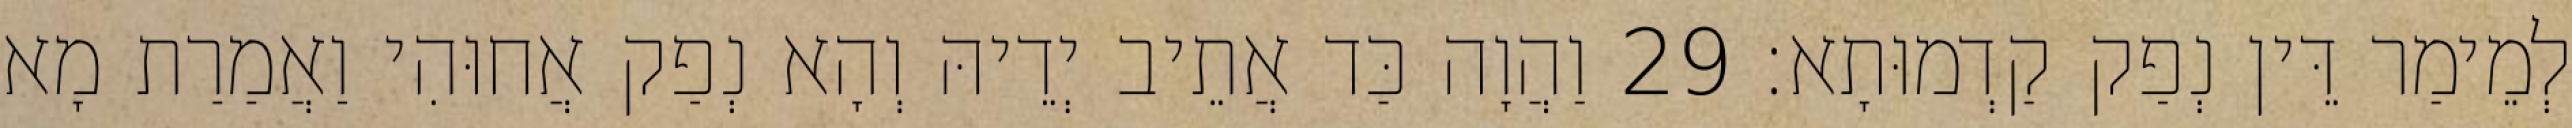
לְמֵימַר דֵּין נְפַק קַדְמוּתָא׃ 29 וַהֲוָה כַּד אֲתֵיב יְדֵיהּ וְהָא נְפַק אֲחוּהִי וַאֲמַרַת מָא